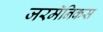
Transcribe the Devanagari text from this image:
जरमॅनिकस